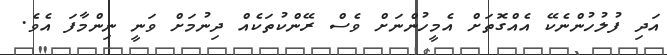
އަދި ފުލުހުންނެކޭ އެއްގޮތަށް އެމީހުންނަށް ވެސް ރޭންކުތަކެއް ދިނުމަށް ވަނީ ނިންމާފަ އެވެ.